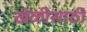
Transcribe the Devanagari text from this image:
खेळीसाठी